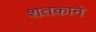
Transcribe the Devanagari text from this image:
शतकाने